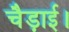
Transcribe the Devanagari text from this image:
चैड़ाई।